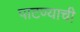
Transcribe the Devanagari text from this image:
पाटण्याची